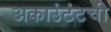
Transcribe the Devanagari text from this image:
अकाउंटंटची